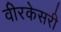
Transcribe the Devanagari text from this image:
वीरकेसरी